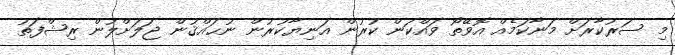
މި ސަރުކާރަށް މަނާކަމެއް އޮވޭތޯ ވައްކަން ކުރުން އަނިޔާކުރުން ނުޙައްޤުން ޖަލަށްލުން ރިޝްފަތު